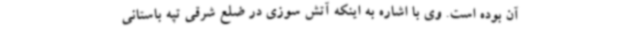
آن بوده است. وی با اشاره به اینکه آتش سوزی در ضلع شرقی تپه باستانی